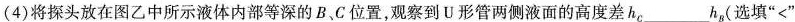
(4)将探头放在图乙中所示液体内部等深的B、C位置，观察到U形管两侧液面的高度差h_{C}___h_{B}，(选填”<”